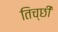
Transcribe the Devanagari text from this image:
तिच्छी